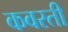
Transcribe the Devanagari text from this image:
कवरती